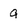
Character: a